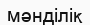
мәнділік